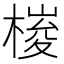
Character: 𣖱